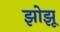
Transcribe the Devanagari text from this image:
झोझू